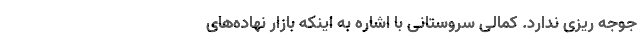
جوجه ریزی ندارد. کمالی سروستانی با اشاره به اینکه بازار نهاده‌های